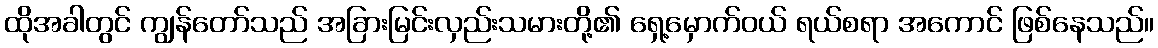
ထိုအခါတွင် ကျွန်တော်သည် အခြားမြင်းလှည်းသမားတို့၏ ရှေ့မှောက်ဝယ် ရယ်စရာ အကောင် ဖြစ်နေသည်။